Civil Veterinary Department. United Provinces 1912-22 - 1912-1922
Year: 1912
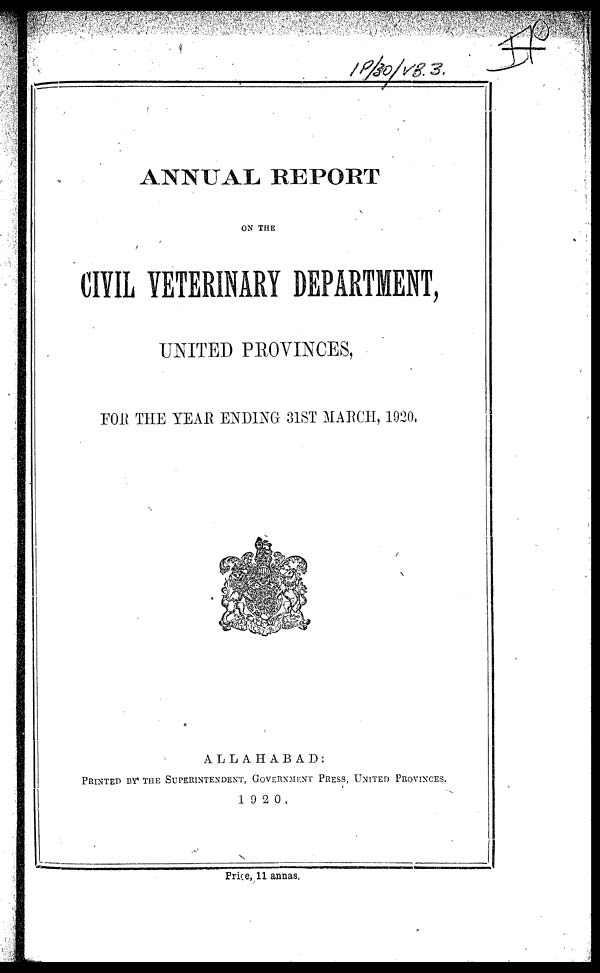
ANNUAL REPORT
ON THE
CIVIL VETERINARY DEPARTMENT,
UNITED PROVINCES,
FOR THE YEAR ENDING 31ST MARCH, 1920.
ALLAHABAD:
PRINTED BY THE SUPRINTENDENT, GOVERNMENT PRESS, UNITED PROVINCES.
1920.